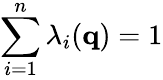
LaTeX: \sum_{i=1}^{n}\lambda_{i}({\mathbf q})=1